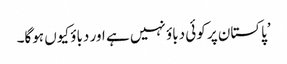
’پاکستان پر کوئی دباؤ نہیں ہے اور دباؤ کیوں ہوگا۔